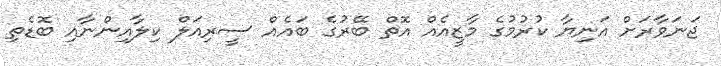
ޖަނަވާރަށް އަނިޔާ ކުރުމުގެ މާޒީއެއް އޮތް ބޭރުގެ ބައެއް ސީރިއަލް ކިލާއިންނާއި ބޮޑެތި